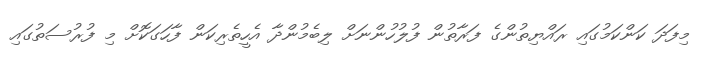
މިފަދަ ކަންކަމުގައި ރައްޔިތުންގެ ފަރާތުން ފުލުހުންނަށް ލިބެމުންދާ އެހީތެރިކަން ފާހަގަކޮށް މި ފުރުސަތުގައި